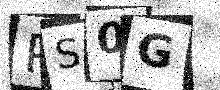
Text: PS0G